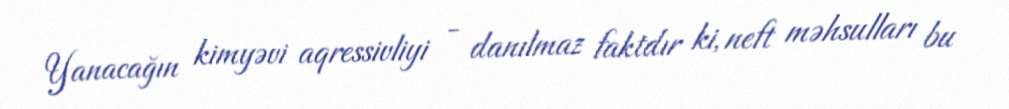
Yanacağın kimyəvi aqressivliyi - danılmaz faktdır ki, neft məhsulları bu